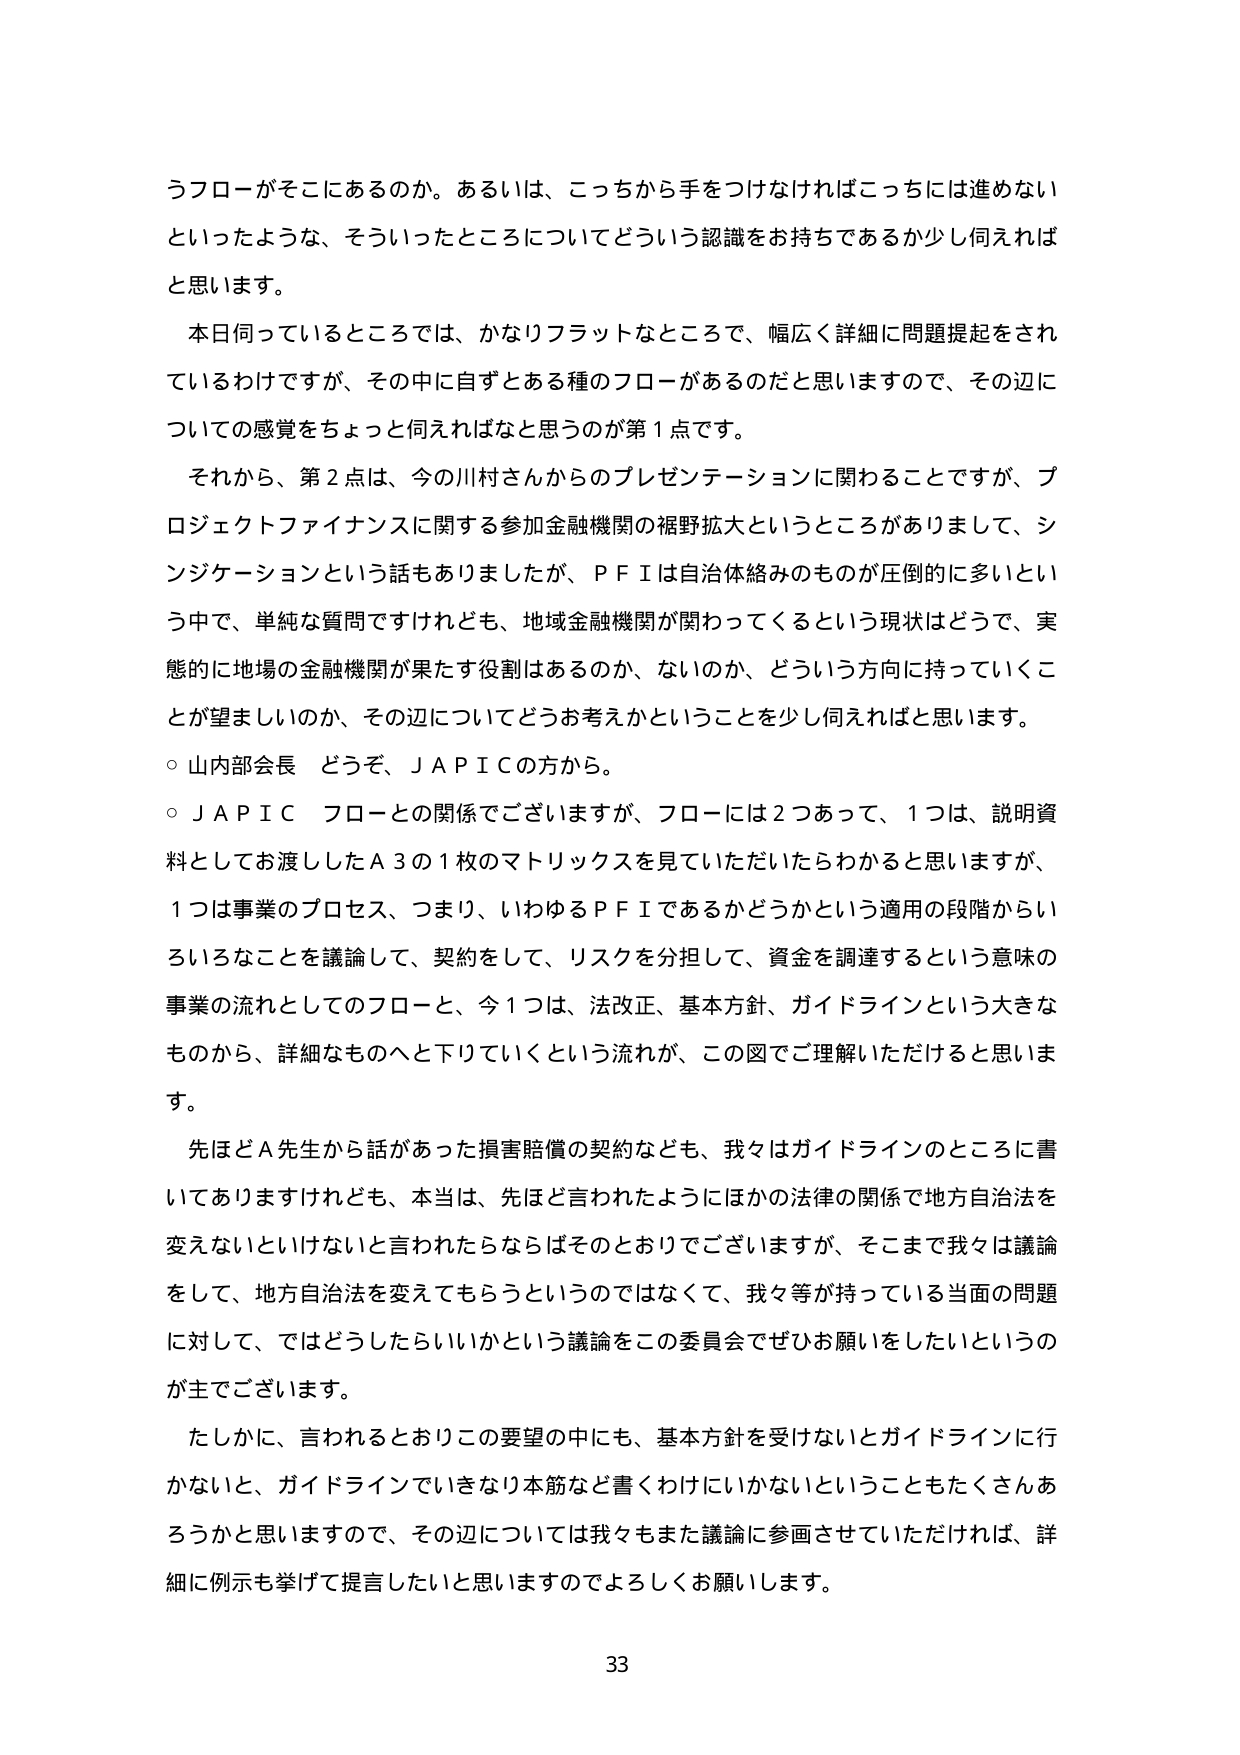
うフローがそこにあるのか。あるいは、こっちから手をつければこっちには進めないといったような、そういったところについてどういう認識をお持ちであるか少し伺えればと思います。

本日伺っているところでは、かなりフラットなところで、幅広く詳細に問題提起をされているわけですが、その中に自ずとある種のフローがあるのだと思いますので、その辺についての感覚をちょっと伺えればなと思うのが第1点です。

それから、第2点は、今の川村さんからのプレゼンテーションに関わることですが、プロジェクトファイナンスに関する参加金融機関の裾野拡大というところがありまして、シンジケーションという話もありましたが、ＰＦＩは自治体絡みのものが圧倒的に多いという中で、単純な質問ですけれども、地域金融機関が関わってくるという現状はどうで、実態的に地場の金融機関が果たす役割はあるのか、ないのか、どういう方向に持っていくことが望ましいのか、その辺についてどうお考えかということを少し伺えればと思います。

○ 山内部会長 どうぞ、ＪＡＰＩＣの方から。

○ ＪＡＰＩＣ フローとの関係でございますが、フローには2つあって、1つは、説明資料としてお渡ししたＡ3の1枚のマトリックスを見ていただいたらわかると思いますが、1つは事業のプロセス、つまり、いわゆるＰＦＩであるかどうかという適用の段階からいろいろなことを議論して、契約をして、リスクを分担して、資金を調達するという意味の事業の流れとしてのフローと、今1つは、法改正、基本方針、ガイドラインという大きなものから、詳細なものへと下りていくという流れが、この図でご理解いただけると思います。

先ほどＡ先生から話があった損害賠償の契約なども、我々はガイドラインのところに書いてありますけれども、本当は、先ほど言われたようにほかの法律の関係で地方自治法を変えないといけないと言われたらならばそのとおりでございますが、そこまで我々は議論をして、地方自治法を変えてもらうというのではなくて、我々等が持っている当面の問題に対して、ではどうしたらいいかという議論をこの委員会でぜひお願いをしたいというのが主でございます。

たしかに、言われるとおりこの要望の中にも、基本方針を受けないとガイドラインに行かないと、ガイドラインでいきなり本筋など書くわけにいかないということもたくさんあるかと思いますので、その辺については我々もまた議論に参画させていただければ、詳細に例示も挙げて提言したいと思いますのでよろしくお願いします。

33